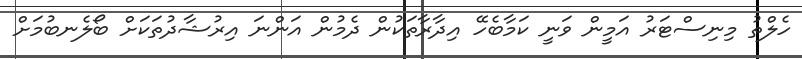
ހެލްތު މިނިސްޓަރު އަމީން ވަނީ ކަމާބެހޭ އިދާރާތަކުން ދެމުން އަންނަ އިރުޝާދުތަކަށް ބޯލެނބުމަށް